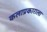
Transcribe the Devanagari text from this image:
कलाप्रकाराला